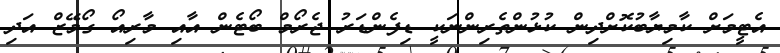
އެޓީމަށް ކާމިޔާބުކޮށްދިން ކުޅުންތެރިންނަކީ ޑިފެންޑަރު ޖެރޯމް ބޯޓެން އާއި މާރިއޯ ގޯމޭޒް އަދި